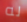
له